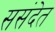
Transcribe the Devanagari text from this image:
ससंदेत